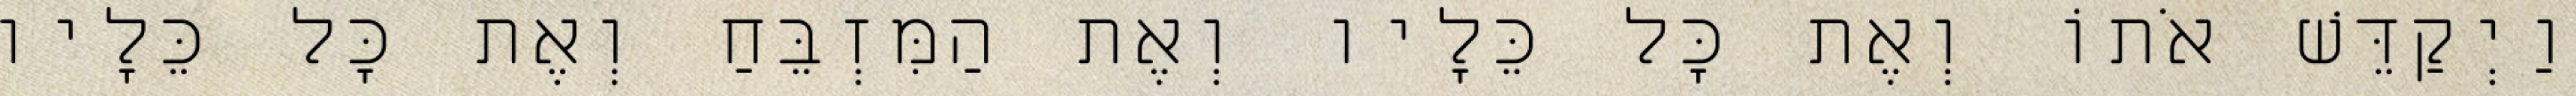
וַיְקַדֵּשׁ אֹתוֹ וְאֶת כָּל כֵּלָיו וְאֶת הַמִּזְבֵּחַ וְאֶת כָּל כֵּלָיו